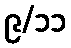
၉/၁၁